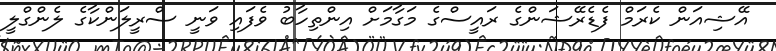
އޭޝިއަން ކެރަމް ފެޑެރޭޝަންގެ ރައީސްގެ މަގާމަށް އިންތިހާބު ވެފައި ވަނީ ސްރީލަންކާގެ ލެންގްލީ